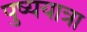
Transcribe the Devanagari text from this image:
पुष्ययात्रा